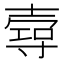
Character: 𡔺